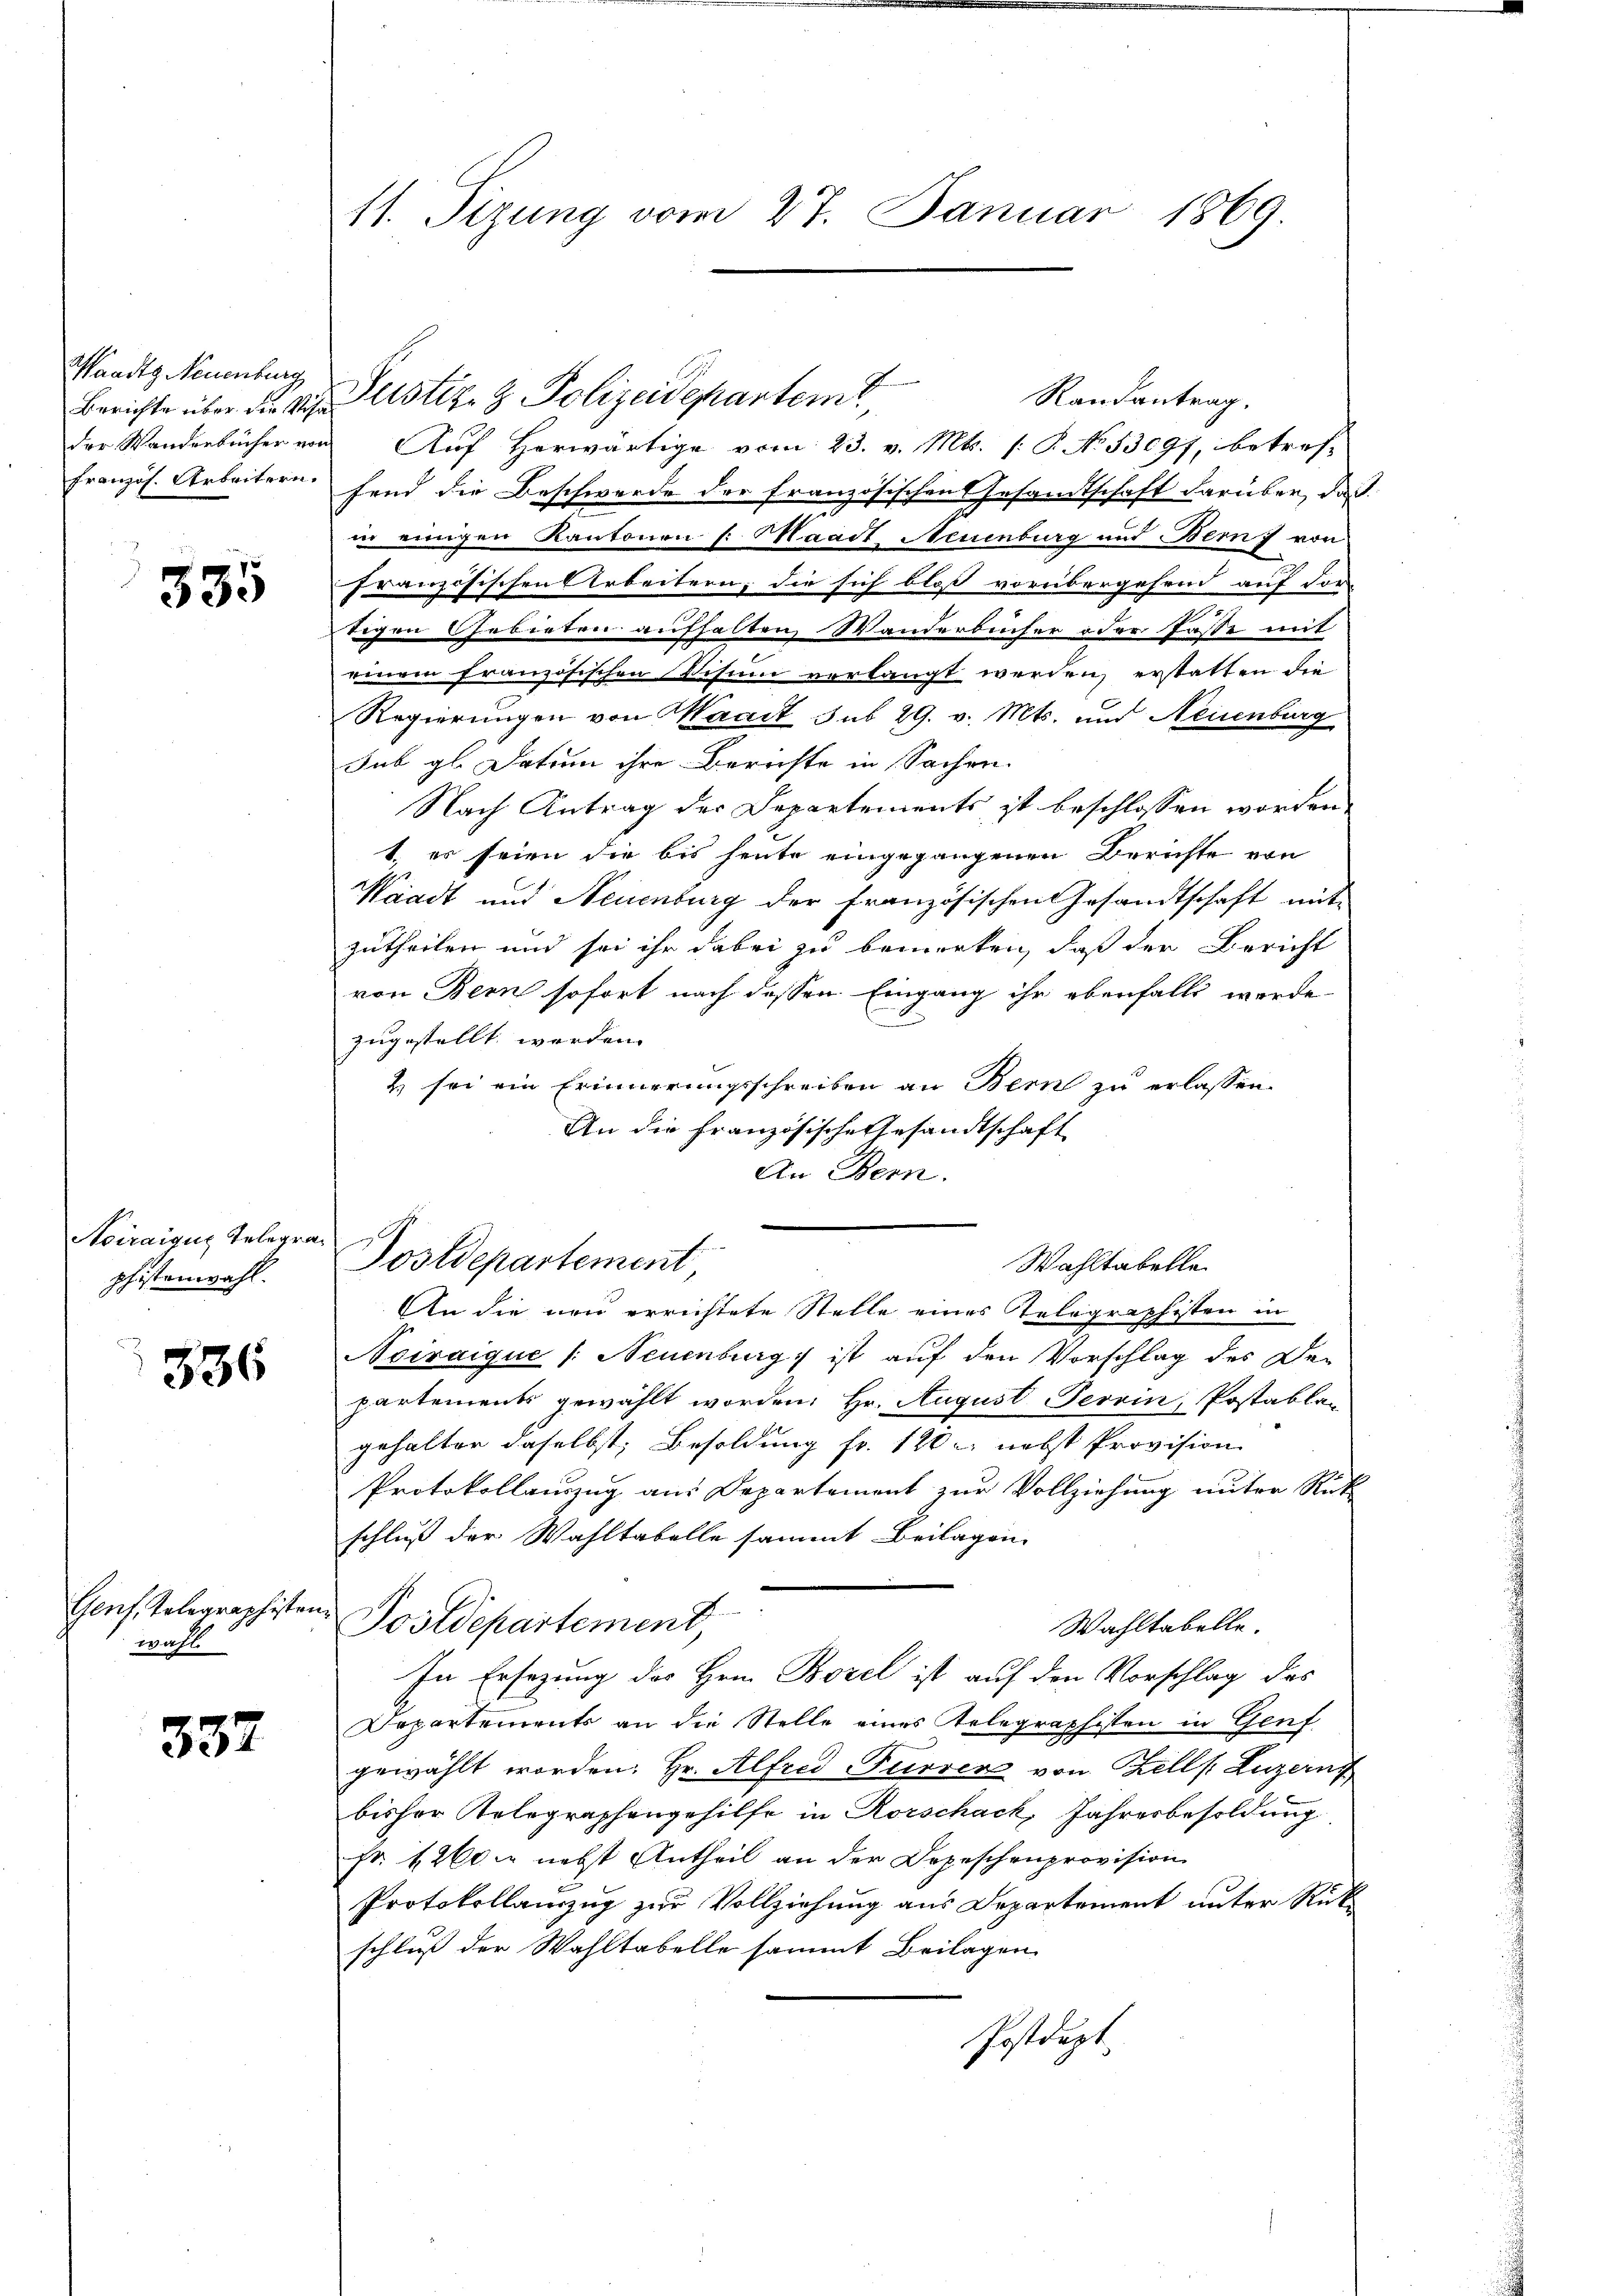
Waadt, Neuenburg
französ. Arbeitern.

335

Heiraigug Gelege
phistenwahl.

336

Genf, Telegraphisten
wahl

337

11. Sizung vom 27. Januar 1869

Berichte über der M. Justiz- & Polizeidepartemt,

e
Postdepartement

Randantrag.
der Wanderbücher von Auf Herwärtige vom 23. v. Mts. (: P. No. 53097, betref-
fend die Beschwerde der französischen Gesandtschaft darüber, das
in einigen Kantonen (: Waadt Neuenburg und Bern von
2
französischen Arbeitern, die sich bloß vorübergehend auf der
m
tigen Gebieten aufhalten Wanderbücher oder Pässe mit
einem französischen Visum verlangt werden, erstatten die
Regierungen von Haart sub 29. v. Mts. und Neuenburg
Jub gl. Datum ihre Berichte in Sachen.
Nach Antrag der Departements ist beschlossen worden.
1. es seien die bis heute eingegangenen Berichte von
Waadt und Neuenburg der französischen Gesandtschaft mit
zutheilen und sei ihr dabei zu bemerken, daß der Bericht
von Bern sofort nach dessen Eingang ihr ebenfalls werde
zugestellt werden. |
2) sei ein Erinnerungsschreiben an Bern zu erlassen.
An die französische Gesandtschaft
An Bern.
An die neu errichtete Stelle eines Telographisten in
Sciraique /: Neuenburg ist auf den Vorschlag des Departements gewählt worden. Hr. August Terrin, Postablan
gehalter daselbst; Besoldung fr. 120 nebst Provision
Protokollauszug aus Departement zur Vollziehung unter Rück
schluß der Wahltabelle sammt Beilagen
Postdepartement,
Wahltabelle.
In Ersezung des Hrn. Borel ist auf den Vorschlag des
Departements an die Stelle eines Telegraphisten in Genf
gewählt worden. Hr. Alfred Furrer von Kellf Luzern
bisher Relegraphengehilfe in Rorschack, Jahresbesoldung
Fr. 4200. nebst Antheil an der Depeschenprovision
Protokollauszug zur Vollziehung aus Departement unter Rückschluß der Wahltabelle sammt Beilagen
Postdept.

Wahltabelle